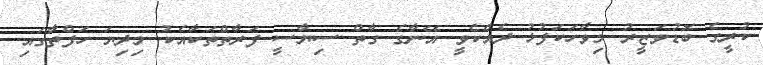
ކުރީގެ ބޮޑުވަޒީރު މިވާހަކަފުޅު ދެއްކެވީ އޭނާގެ ގާތް ސިޔާސީ ފަރާތްތަކާއެކު މިދިޔަ ހަފްތާގައި